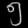
Digit: ၅